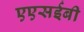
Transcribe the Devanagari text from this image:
एएसईबी